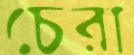
চেরা